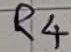
Text: R4